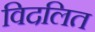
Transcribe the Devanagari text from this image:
विदलित